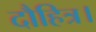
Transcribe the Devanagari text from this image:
दौहित्र।